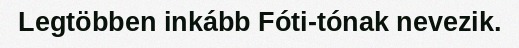
Legtöbben inkább Fóti-tónak nevezik.